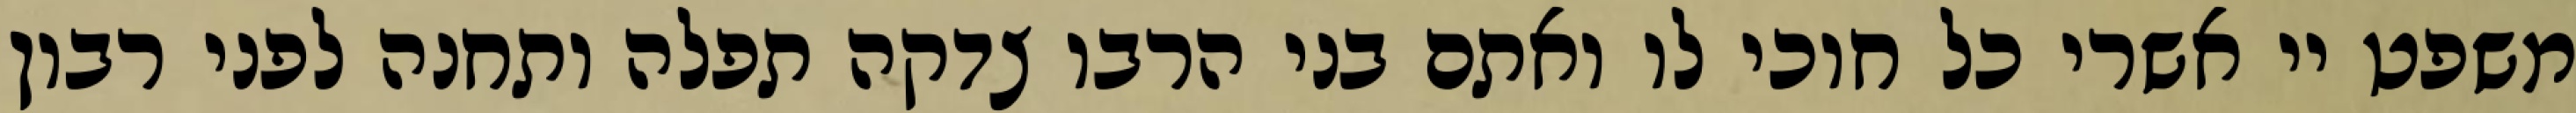
משפט יי אשרי כל חוכי לו ואתם בני הרבו צדקה תפלה ותחנה לפני רבון